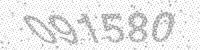
Solution: 091580